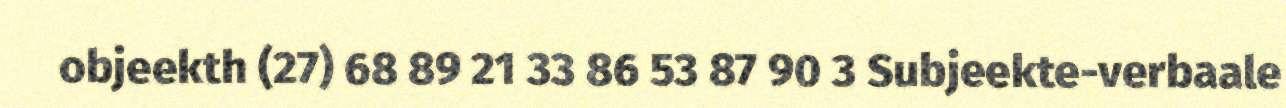
objeekth (27) 68 89 21 33 86 53 87 90 3 Subjeekte-verbaale